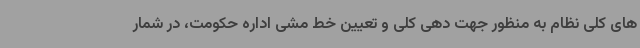
های کلی نظام به منظور جهت دهی کلی و تعیین خط مشی اداره حکومت، در شمار